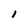
Character: 1